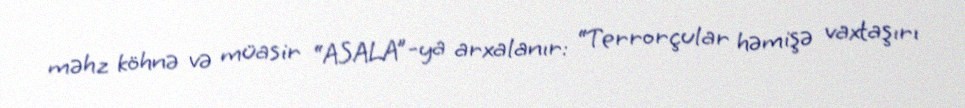
məhz köhnə və müasir “ASALA”-ya arxalanır: “Terrorçular həmişə vaxtaşırı